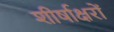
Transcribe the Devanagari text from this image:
शीर्षाक्षरों